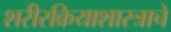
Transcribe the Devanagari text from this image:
शरीरक्रियाशास्त्राचे